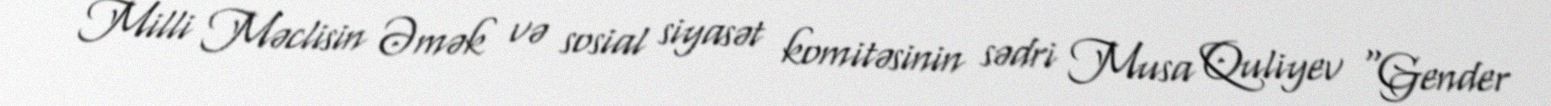
Milli Məclisin Əmək və sosial siyasət komitəsinin sədri Musa Quliyev “Gender